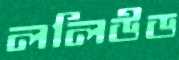
ললিউড